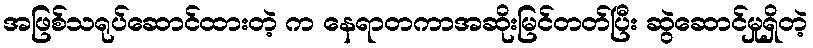
အဖြစ်သရုပ်ဆောင်ထားတဲ့ က နေရာတကာအဆိုးမြင်တတ်ပြီး ဆွဲဆောင်မှုရှိတဲ့